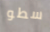
سطو